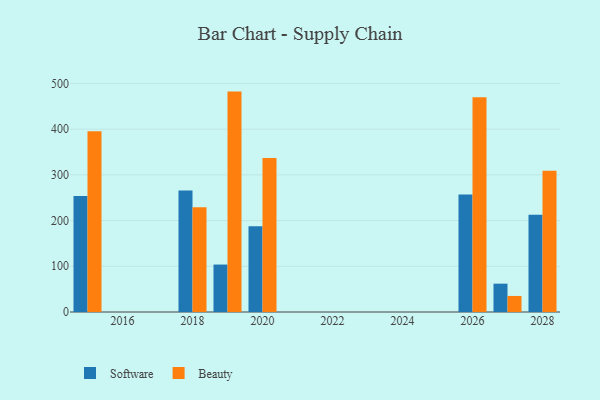
{"axis": {"x": "Year", "y": "Shipments"}, "legend": ["Beauty", "Software"], "data": [{"x": "2019", "y": 103.8, "type": "Software"}, {"x": "2019", "y": 482.2, "type": "Beauty"}, {"x": "2027", "y": 62.0, "type": "Software"}, {"x": "2027", "y": 35.1, "type": "Beauty"}, {"x": "2026", "y": 257.0, "type": "Software"}, {"x": "2026", "y": 469.8, "type": "Beauty"}, {"x": "2015", "y": 253.8, "type": "Software"}, {"x": "2015", "y": 395.3, "type": "Beauty"}, {"x": "2018", "y": 265.8, "type": "Software"}, {"x": "2018", "y": 229.3, "type": "Beauty"}, {"x": "2020", "y": 187.4, "type": "Software"}, {"x": "2020", "y": 336.8, "type": "Beauty"}, {"x": "2028", "y": 212.6, "type": "Software"}, {"x": "2028", "y": 308.9, "type": "Beauty"}]}